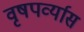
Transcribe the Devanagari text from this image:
वृषपर्व्यास